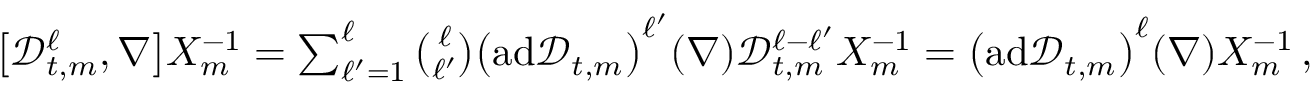
\begin{array} { r } { \big [ \mathscr { D } _ { t , m } ^ { \ell } , \nabla \bigr ] X _ { m } ^ { - 1 } = \sum _ { \ell ^ { \prime } = 1 } ^ { \ell } \binom { \ell } { \ell ^ { \prime } } \bigl ( \mathrm { a d } \mathscr { D } _ { t , m } \bigr ) ^ { \ell ^ { \prime } } ( \nabla ) \mathscr { D } _ { t , m } ^ { \ell - \ell ^ { \prime } } X _ { m } ^ { - 1 } = \bigl ( \mathrm { a d } \mathscr { D } _ { t , m } \bigr ) ^ { \ell } ( \nabla ) X _ { m } ^ { - 1 } \, , } \end{array}